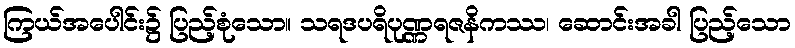
ကြယ်အပေါင်း၌ ပြည့်စုံသော။ သရဒပရိပုဏ္ဏရဇနိကဿ၊ ဆောင်းအခါ ပြည့်သော